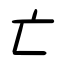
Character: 亡